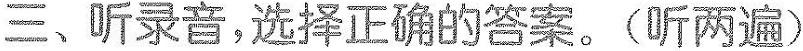
三、听录音,选择正确的答案.(昕两遍)